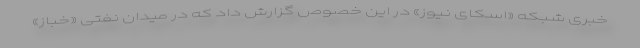
خبری شبکه «اسکای نیوز» در این خصوص گزارش داد که در میدان نفتی «خباز»